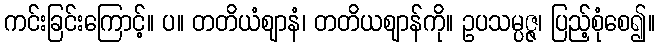
ကင်းခြင်းကြောင့်။ ပ။ တတိယံဈာနံ၊ တတိယဈာန်ကို။ ဥပသမ္ပဇ္ဇ၊ ပြည့်စုံစေ၍။